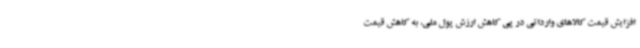
افزایش قیمت کالاهای وارداتی در پی کاهش ارزش پول ملی، به کاهش قیمت